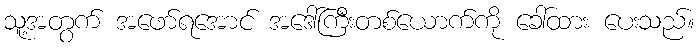
သူ့အတွက် အဖော်ရအောင် အဒေါ်ကြီးတစ်ယောက်ကို ခေါ်ထား ပေးသည်။